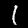
Digit: 1